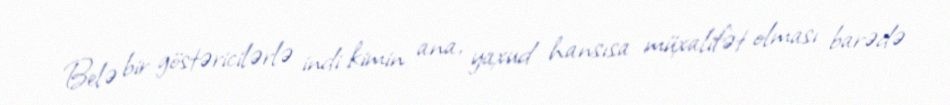
Belə bir göstəricilərlə indi kimin ana, yaxud hansısa müxalifət olması barədə